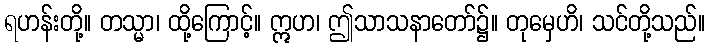
ရဟန်းတို့။ တသ္မာ၊ ထို့ကြောင့်။ ဣဟ၊ ဤသာသနာတော်၌။ တုမှေဟိ၊ သင်တို့သည်။